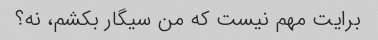
برایت مهم نیست که من سیگار بکشم، نه؟